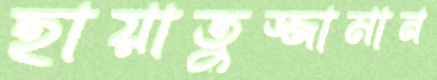
হায়াতুজ্জামান